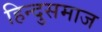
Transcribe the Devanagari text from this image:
हिन्दुसमाज